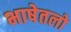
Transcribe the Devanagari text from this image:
भाषेतलो